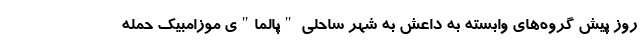
روز پیش گروه‌های وابسته به داعش به شهر ساحلی "پالما"ی موزامبیک حمله